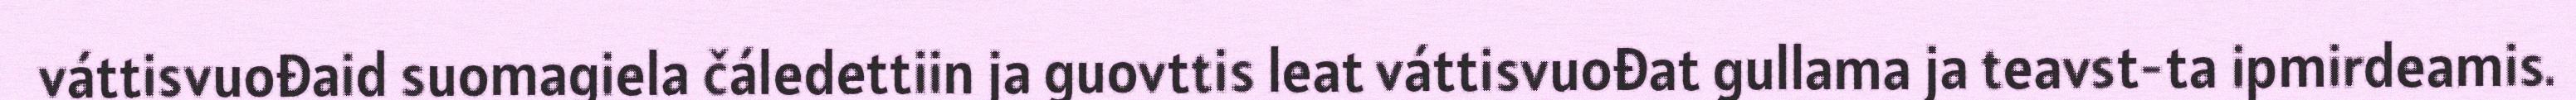
váttisvuođaid suomagiela čáledettiin ja guovttis leat váttisvuođat gullama ja teavst-ta ipmirdeamis.